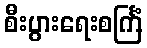
စီးပွားရေးစင်္ကြံ